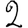
Digit: 2